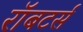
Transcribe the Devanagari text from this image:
रॉबटर्स